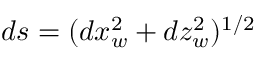
d s = ( d x _ { w } ^ { 2 } + d z _ { w } ^ { 2 } ) ^ { 1 / 2 }